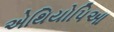
એથિયોપિઆ